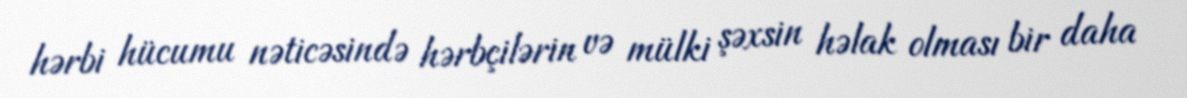
hərbi hücumu nəticəsində hərbçilərin və mülki şəxsin həlak olması bir daha